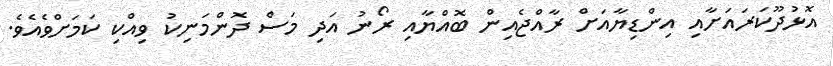
އޮޅުދޫކަރައަށާއި އިންޑިޔާއަށް ރާއްޖެއިން ބޮއްޔާއި ރޯނު އަދި މަސް ދޮންމަނިކު ވިއްކި ކަމަށްވެއެވެ.